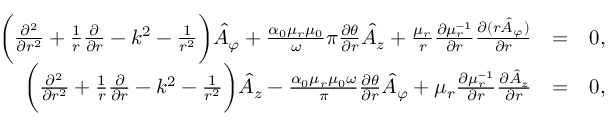
\begin{array} { r l r } { \bigg ( \frac { \partial ^ { 2 } } { \partial r ^ { 2 } } + \frac { 1 } { r } \frac { \partial } { \partial r } - k ^ { 2 } - \frac { 1 } { r ^ { 2 } } \bigg ) \hat { A } _ { \varphi } + \frac { \alpha _ { 0 } \mu _ { r } \mu _ { 0 } } \omega { \pi } \frac { \partial \theta } { \partial r } \hat { A } _ { z } + \frac { \mu _ { r } } { r } \frac { \partial \mu _ { r } ^ { - 1 } } { \partial r } \frac { \partial ( r \hat { A } _ { \varphi } ) } { \partial r } } & { = } & { 0 , } \\ { \bigg ( \frac { \partial ^ { 2 } } { \partial r ^ { 2 } } + \frac { 1 } { r } \frac { \partial } { \partial r } - k ^ { 2 } - \frac { 1 } { r ^ { 2 } } \bigg ) \hat { A } _ { z } - \frac { \alpha _ { 0 } \mu _ { r } \mu _ { 0 } \omega } { \pi } \frac { \partial \theta } { \partial r } \hat { A } _ { \varphi } + \mu _ { r } \frac { \partial \mu _ { r } ^ { - 1 } } { \partial r } \frac { \partial \hat { A } _ { z } } { \partial r } } & { = } & { 0 , } \end{array}